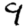
Digit: 9